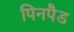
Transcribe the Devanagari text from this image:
पिनपैड